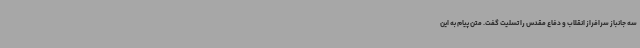
سه جانباز سرافراز انقلاب و دفاع مقدس را تسلیت گفت. متن پیام به این